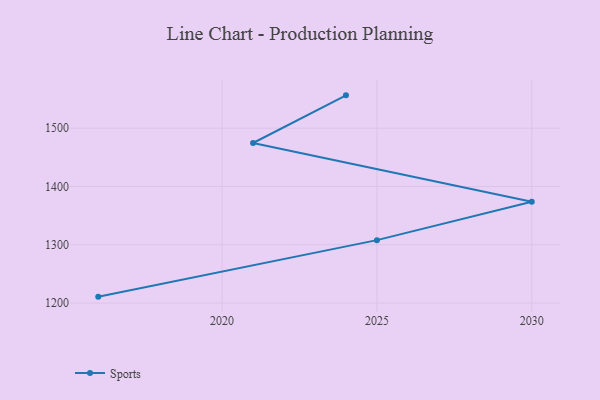
{"axis": {"x": "Year", "y": "Churn Rate (%)"}, "legend": ["Sports"], "data": [{"x": "2016", "y": 1210.9, "type": "Sports"}, {"x": "2025", "y": 1307.9, "type": "Sports"}, {"x": "2030", "y": 1373.8, "type": "Sports"}, {"x": "2021", "y": 1474.6, "type": "Sports"}, {"x": "2024", "y": 1556.4, "type": "Sports"}]}